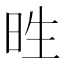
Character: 甠